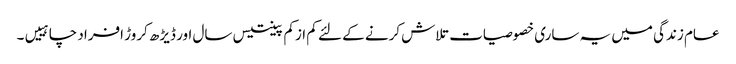
عام زندگی میں یہ ساری خصوصیات تلاش کرنے کے لئے کم ازکم پینتیس سال اور ڈیڑھ کروڑ افراد چاہییں۔